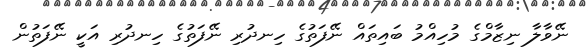
ނޭވާލާ ނިޒާމްގެ މުހިއްމު ބައިތައް ނޭފަތުގެ ހިނދުރި ނޭފަތުގެ ހިނދުރި އަކީ ނޭފަތުން